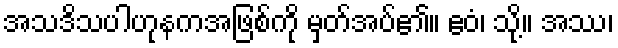
အသဒိသပါဟုနကအဖြစ်ကို မှတ်အပ်၏။ ဧဝံ၊ သို့။ အဿ၊